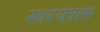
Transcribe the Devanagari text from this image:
स्वरयंत्रास